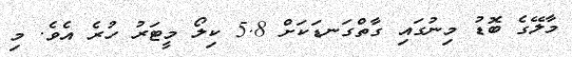
މާލޭގެ ބޮޑު މިނުގައި ގާތްގަނޑަކަށް 5.8 ކިލޯ މީޓަރު ހުރެ އެވެ. މި